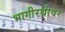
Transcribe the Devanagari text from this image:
भागीरथीवर